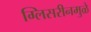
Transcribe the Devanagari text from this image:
ग्लिसरीनमुळे